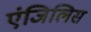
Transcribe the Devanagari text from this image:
एंजिलिस